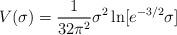
LaTeX: \begin{align*}V(\sigma)={1\over 32\pi^2}\sigma^2\ln[e^{-3/2}\sigma]\end{align*}